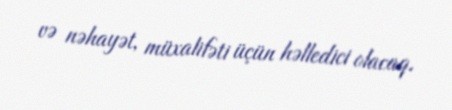
və nəhayət, müxalifəti üçün həlledici olacaq.